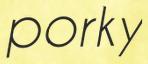
porky